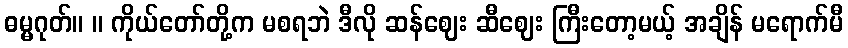
ဓမ္မဂုတ်။ ။ ကိုယ်တော်တို့က မစရဘဲ ဒီလို ဆန်ဈေး ဆီဈေး ကြီးတော့မယ့် အချိန် မရောက်မီ